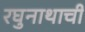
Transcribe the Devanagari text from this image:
रघुनाथाची